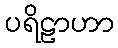
ပရိဠာဟာ